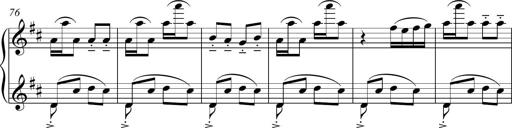
Title: Sonatina del HuÃ©car
Composer: JosÃ© Miguel Moreno Sabio